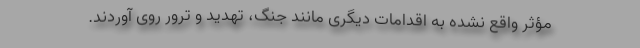
مؤثر واقع نشده به اقدامات دیگری مانند جنگ، تهدید و ترور روی آوردند.